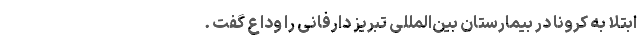
ابتلا به کرونا در بیمارستان بین‌المللی تبریز دارفانی را وداع گفت .